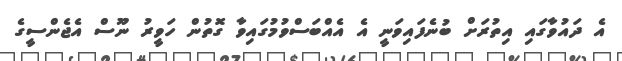
އެ ދައުވާގައި އިތުރަށް ބުނެފައިވަނީ އެ އެއްބަސްވުމުގައިވާ ގޮތުން ހަވީރު ނޫސް އެޖެންސީގެ